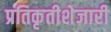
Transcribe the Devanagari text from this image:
प्रतिकृतीशेजारी